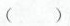
()